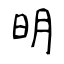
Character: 明